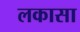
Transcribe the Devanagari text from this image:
लकासा